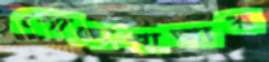
শোভাবাজার